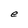
Character: e